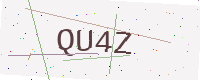
Text: QU4Z